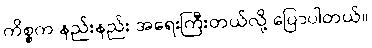
ကိစ္စက နည်းနည်း အရေးကြီးတယ်လို့ ပြောပါတယ်။